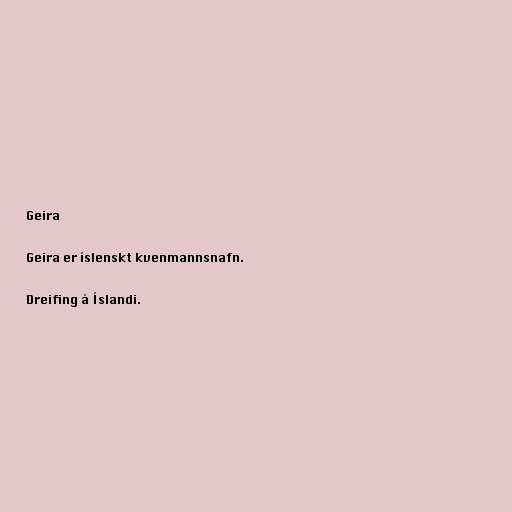
Geira

Geira er íslenskt kvenmannsnafn.

Dreifing á Íslandi.